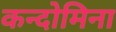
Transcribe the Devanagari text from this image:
कन्दोमिना